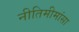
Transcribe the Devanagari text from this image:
नीतिमीमांसा